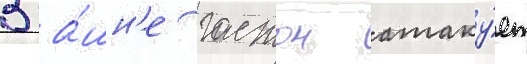
В ба́шн'е гастон атаку́ет